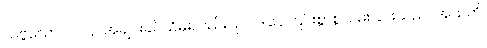
သဗ္ဗသော ဝါ ပန၊ အချင်းခပ်သိမ်းလည်း။ ဥပါဒါနေ၊ ပြင်းစွာစွဲလမ်းခြင်းသည်။ အသတိ၊